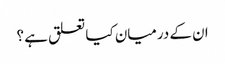
ان کے درمیان کیا تعلق ہے ؟